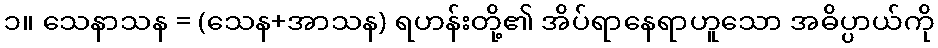
၁။ သေနာသန = (သေန+အာသန) ရဟန်းတို့၏ အိပ်ရာနေရာဟူသော အဓိပ္ပာယ်ကို